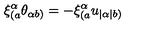
\xi _ { ( a } ^ { \alpha } \theta _ { \alpha b ) } = - \xi _ { ( a } ^ { \alpha } u _ { | \alpha | b ) }